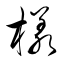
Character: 様